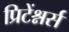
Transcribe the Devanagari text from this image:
प्रिटेंश्नर्स